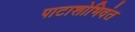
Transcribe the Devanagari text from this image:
पाटाशोभिवंत